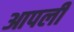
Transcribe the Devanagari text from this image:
आपलीं